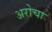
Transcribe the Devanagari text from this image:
अरोचा